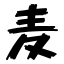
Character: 麦